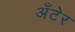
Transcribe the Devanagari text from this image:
अँटेर